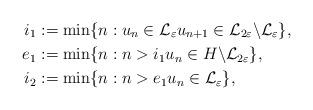
LaTeX: \begin{align*} i_1 & := \min \{n : u_n \in \mathcal{L}_\varepsilon u_{n+1}\in \mathcal{L}_{2\varepsilon} \backslash \mathcal{L}_{\varepsilon}\},\\ e_1 & := \min \{ n: n > i_1 u_n \in H\backslash \mathcal{L}_{2\varepsilon}\}, \\ i_2 & := \min \{n: n > e_1 u_n \in \mathcal{L}_\varepsilon \},\end{align*}